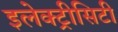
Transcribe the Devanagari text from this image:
इलेक्ट्रीसिटी